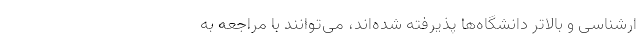
ارشناسی و بالاتر دانشگاه‌ها پذیرفته شده‌اند، می‌توانند با مراجعه به